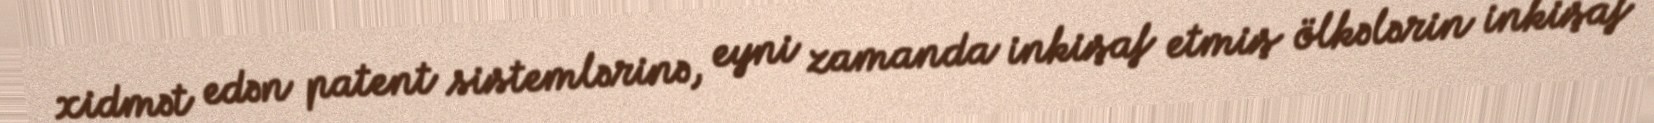
xidmət edən patent sistemlərinə, eyni zamanda inkişaf etmiş ölkələrin inkişaf